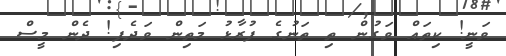
ވަނީ! ކިތައް ވަގުން ތި ތަނުގެ ފުރާޅު މަތިން ވަދެފި! ދެން މީސް